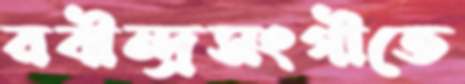
রবীন্দ্রসংগীতে